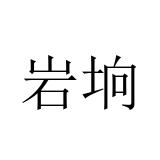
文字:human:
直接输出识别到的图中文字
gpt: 岩垧